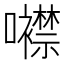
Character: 𡅢